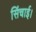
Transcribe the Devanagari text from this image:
सिंचाई।